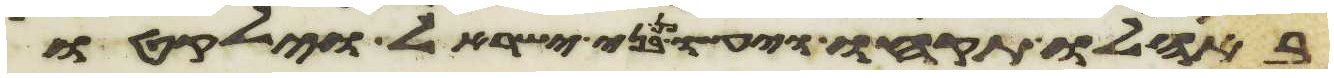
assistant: באהלו תקחו ויעשו כן בני ישראל וילקטו